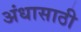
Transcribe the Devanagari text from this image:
अंधासाठी